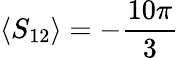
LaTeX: \langle S_{12}\rangle=-\frac{10\pi}{3}